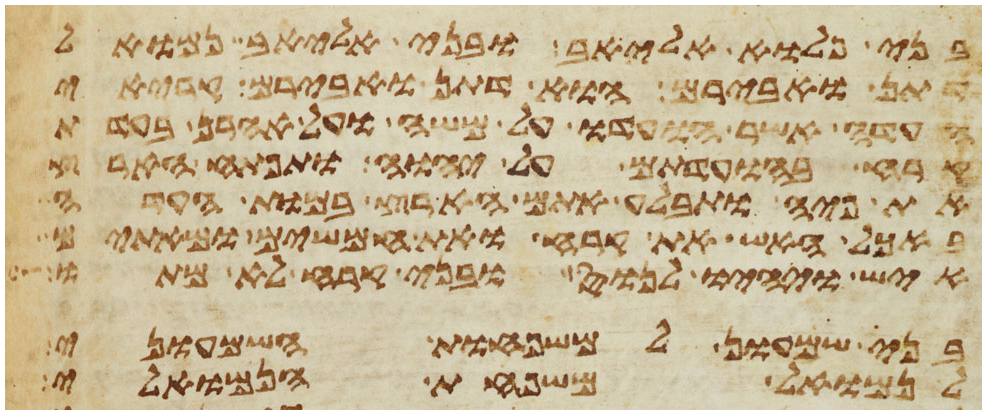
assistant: בני פלוא אליאב ובני אליאב נמואל
דתן ואבירם הוא דתן ואבירם קריאי
העדה אשר הועדו על משה ועל אהרן בעדת
קרח בהועדתם על יהוה ותפתח הארץ
את פיה ותבלע אתם הארץ במות העדה
באכל האש את קרח ואת חמשים ומאתים
איש ויהיו לנוס ובני קרח לא מתו
בני שמעון למשפחות השמעוני
לנמואל משפחת הנמואלי